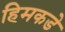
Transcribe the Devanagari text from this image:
हिमकडे